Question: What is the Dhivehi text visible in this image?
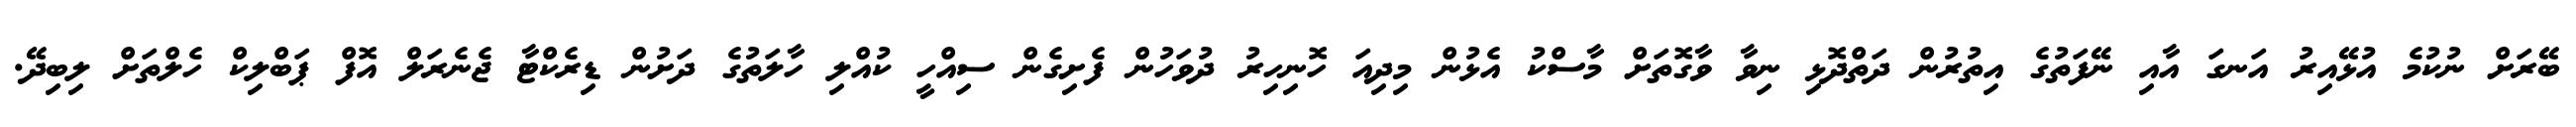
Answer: ބޭރަށް ނުކުމެ އުޅޭއިރު އަނގަ އާއި ނޭފަތުގެ އިތުރުން ދަތްދޮޅި ނިވާ ވާގޮތަށް މާސްކު އެޅުން މިދިއަ ހޮނިހިރު ދުވަހުން ފެށިގެން ސިއްހީ ކުއްލި ހާލަތުގެ ދަށުން ޑިރެކްޓާ ޖެނެރަލް އޮފް ޕަބްލިކް ހެލްތަށް ލިބިދޭ.